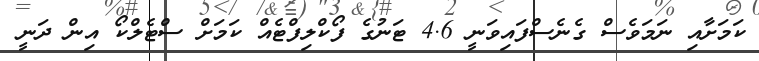
ކަމަށާއި ނަމަވެސް ގެނެސްފައިވަނީ 4.6 ޓަނުގެ ފޯކްލިފްޓެއް ކަމަށް ސްޓެލްކޯ އިން ދަނީ